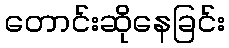
တောင်းဆိုနေခြင်း